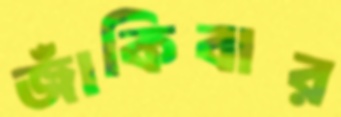
জাঁকিবার